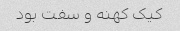
کیک کهنه و سفت بود